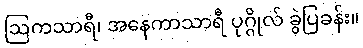
ဩကသာရီ၊ အနေကာသာရီ ပုဂ္ဂိုလ် ခွဲပြခန်း။